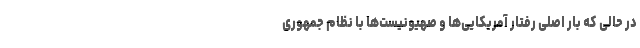
در حالی که بار اصلی رفتار آمریکایی‌ها و صهیونیست‌ها با نظام جمهوری